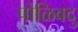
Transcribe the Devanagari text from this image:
पोळिवदु